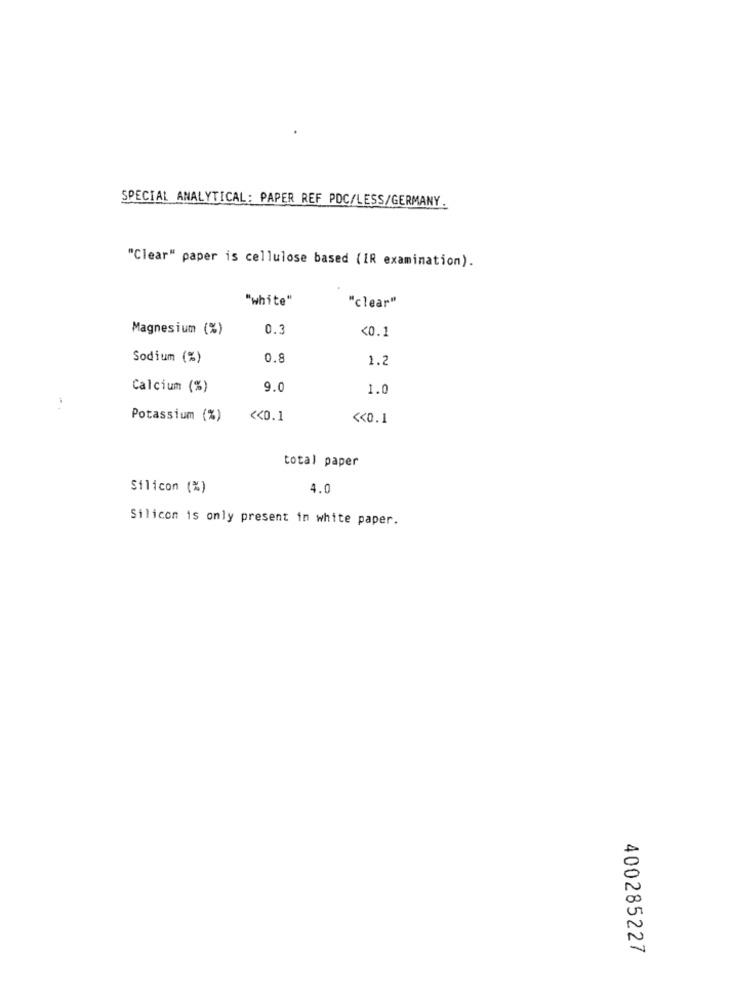
SPECIAL ANALYTICAL: PAPER REF POC/LESS/GERMANY.
"Clear" paper is cellulose based (IR examination).
"white"
"clear"
Magnesium (%)
0.3
<0.1
Sodium (%)
0.8
1.2
Calcium (%)
9.0
1.0
Potassium (%)
<< 0.1
<< 0.1
total paper
Silicon (%)
4.0
Silicon is only present in white paper.
400285227